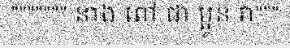
""""""" នាង ពៅ ជា ប្អូន វា"""